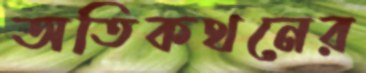
অতিকথনের